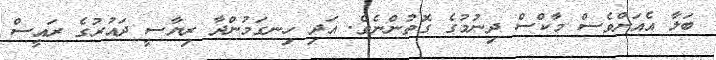
ބަލާ އެއަށްވެސް މާކްސް ދިނުމުގެ ގޮތުންނެވެ. އަދި ހިނގަމުންދާ ރިޔާސީ ދައުރުގެ ރައީސް